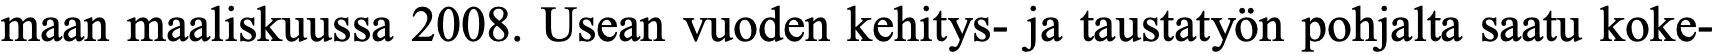
maan maaliskuussa 2008. Usean vuoden kehitys- ja taustatyön pohjalta saatu koke-